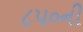
૮૫૦ની